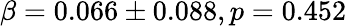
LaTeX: \beta=0.066\pm 0.088,p=0.452